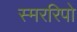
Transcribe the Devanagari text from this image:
स्मररिपो